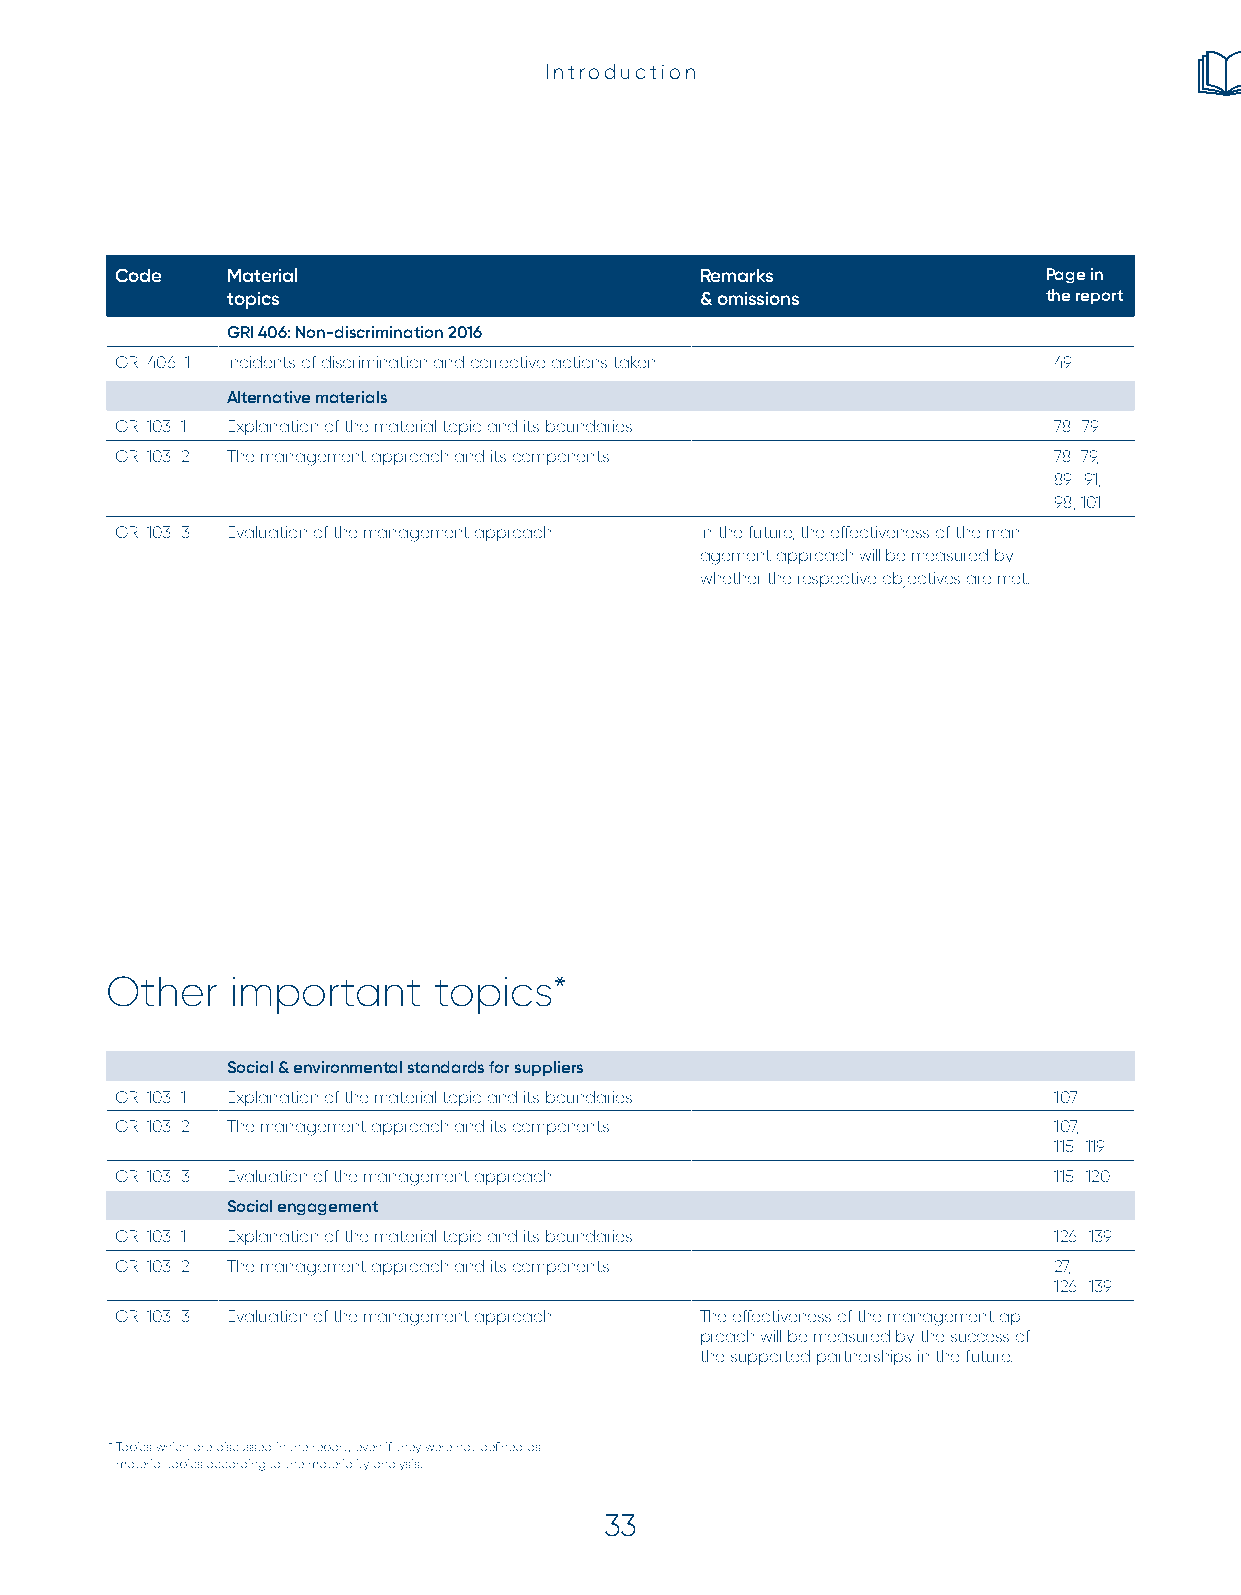
Introduction
 Code   Material                       Remarks                Page in
 topics                         & omissions            the report
 GRI 406: Non-discrimination 2016
 GRI 406-1 Incidents of discrimination and corrective actions taken 49
 Alternative materials
 GRI 103-1 Explanation of the material topic and its boundaries 78–79
 GRI 103-2 The management approach and its components          78–79,
 89–91,
 98, 101
 GRI 103-3 Evaluation of the management approach In the future, the effectiveness of the man-
 agement approach will be measured by
 whether the respective objectives are met.
 Other   important     topics*
 Social & environmental standards for suppliers
 GRI 103-1 Explanation of the material topic and its boundaries 107
 GRI 103-2 The management approach and its components          107,
 115–119
 GRI 103-3 Evaluation of the management approach               115–120
 Social engagement
 GRI 103-1 Explanation of the material topic and its boundaries 126–139
 GRI 103-2 The management approach and its components          27,
 126–139
 GRI 103-3 Evaluation of the management approach The effectiveness of the management ap-
 proach will be measured by the success of
 the supported partnerships in the future.
 * Topics which are discussed in the report, even if they were not defined as
 material topics according to the materiality analysis.
 33